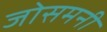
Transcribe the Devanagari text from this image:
जोसमनी